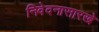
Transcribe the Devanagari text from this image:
निवेदनासारखे